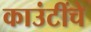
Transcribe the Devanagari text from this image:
काउंटींचे